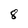
Character: 8